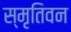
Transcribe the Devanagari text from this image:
स्मृतिवन